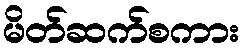
မိတ်ဆက်စကား